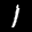
Label: 1